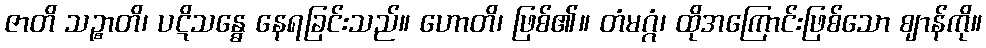
ဇာတိ သဉ္စာတိ၊ ပဋိသန္ဓေ နေရခြင်းသည်။ ဟောတိ၊ ဖြစ်၏။ တံမဂ္ဂံ၊ ထိုအကြောင်းဖြစ်သော ဈာန်ကို။